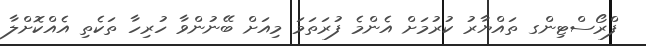
ފްރޯސްޓިންގ ތައްޔާރު ކުރުމަށް އެންމެ ފުރަތަމަ މިއަށް ބޭނުންވާ ހުރިހާ ތަކެތި އެއްކޮށްލާ